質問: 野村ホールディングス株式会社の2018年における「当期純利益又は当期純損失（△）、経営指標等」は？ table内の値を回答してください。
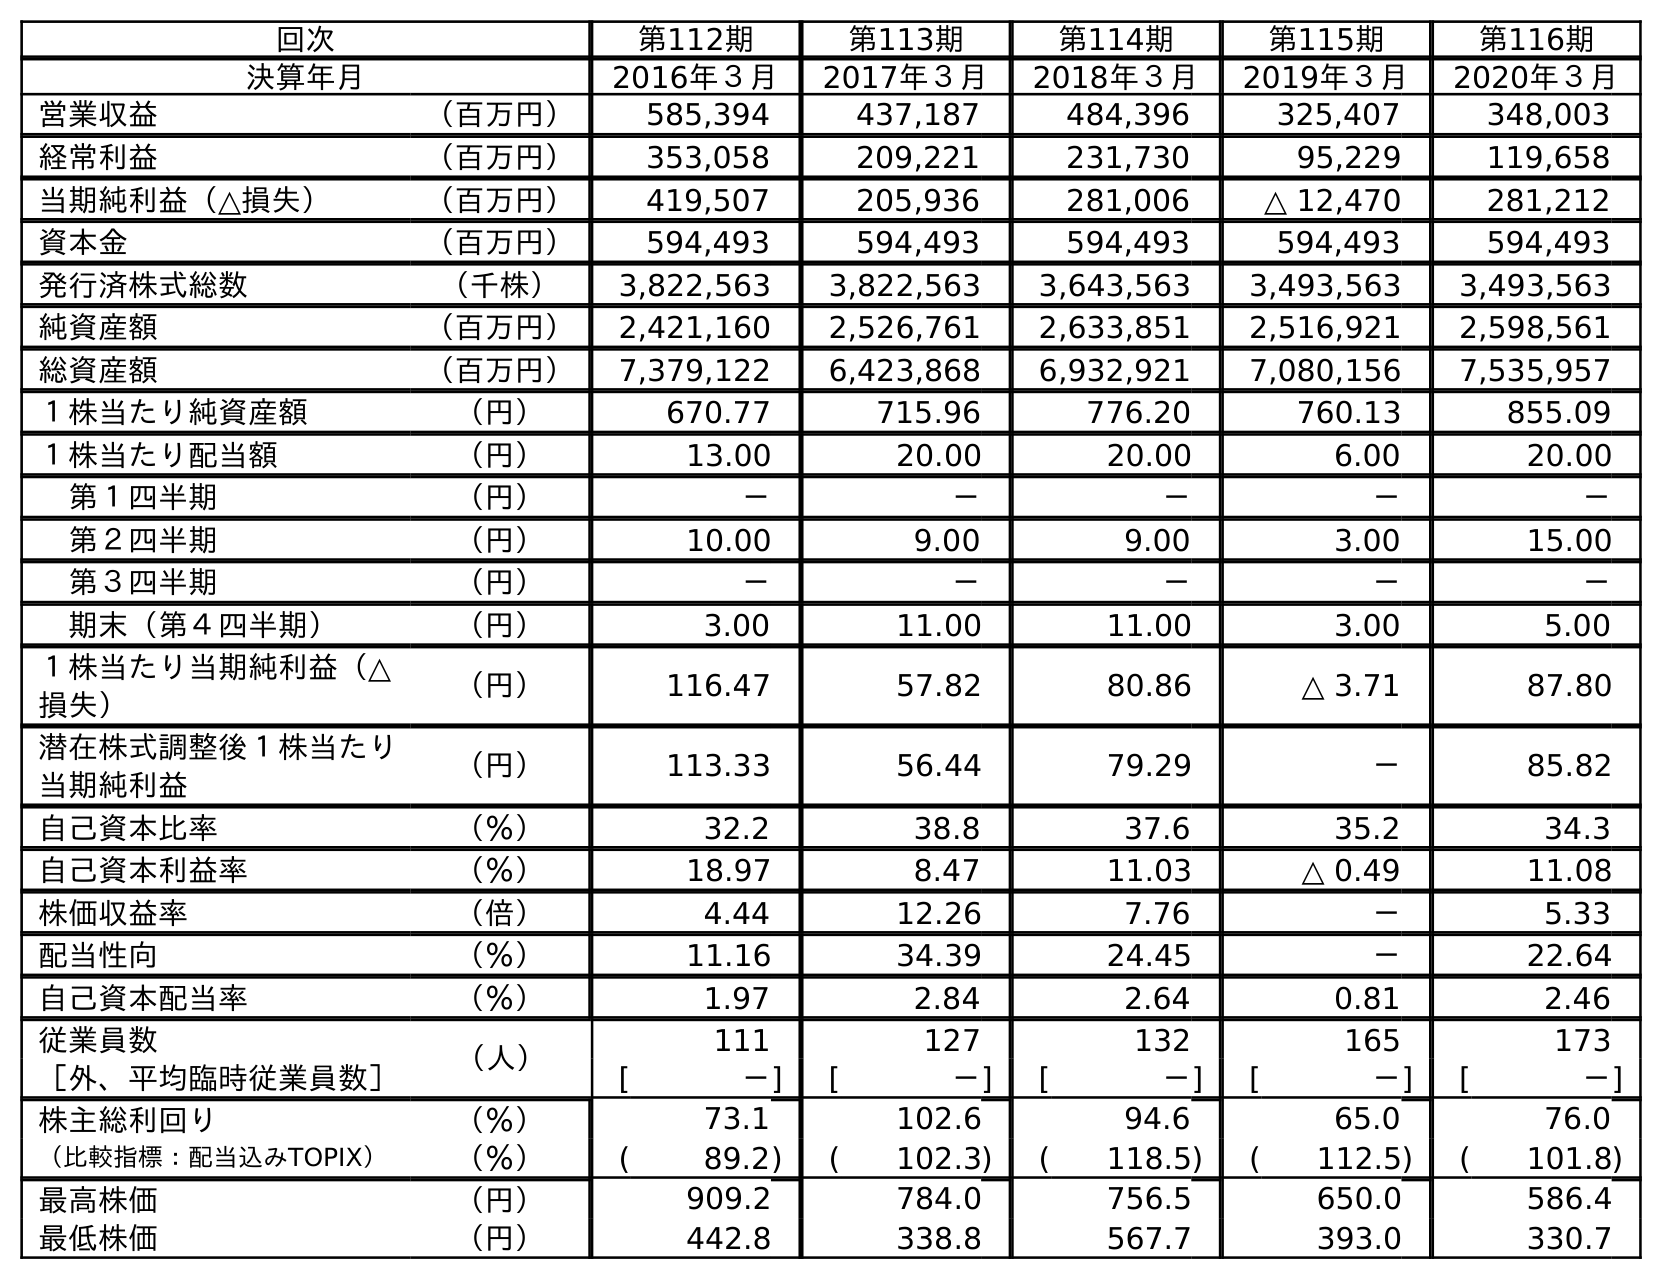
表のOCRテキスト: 回次 第112期 第113期 第114期 第115期 第116期 決算年月 2016年３月 2017年３月 2018年３月 2019年３月 2020年３月 営業収益 （百万円） 585,394 437,187 484,396 325,407 348,003 経常利益 （百万円） 353,058 209,221 231,730 95,229 119,658 当期純利益（△損失） （百万円） 419,507 205,936 281,006 △ 12,470 281,212 資本金 （百万円） 594,493 594,493 594,493 594,493 594,493 発行済株式総数 （千株） 3,822,563 3,822,563 3,643,563 3,493,563 3,493,563 純資産額 （百万円） 2,421,160 2,526,761 2,633,851 2,516,921 2,598,561 総資産額 （百万円） 7,379,122 6,423,868 6,932,921 7,080,156 7,535,957 １株当たり純資産額 （円） 670.77 715.96 776.20 760.13 855.09 １株当たり配当額 （円） 13.00 20.00 20.00 6.00 20.00 第１四半期 （円） － － － － － 第２四半期 （円） 10.00 9.00 9.00 3.00 15.00 第３四半期 （円） － － － － － 期末（第４四半期） （円） 3.00 11.00 11.00 3.00 5.00 １株当たり当期純利益（△ 損失） （円） 116.47 57.82 80.86 △ 3.71 87.80 潜在株式調整後１株当たり 当期純利益 （円） 113.33 56.44 79.29 － 85.82 自己資本比率 （％） 32.2 38.8 37.6 35.2 34.3 自己資本利益率 （％） 18.97 8.47 11.03 △ 0.49 11.08 株価収益率 （倍） 4.44 12.26 7.76 － 5.33 配当性向 （％） 11.16 34.39 24.45 － 22.64 自己資本配当率 （％） 1.97 2.84 2.64 0.81 2.46 従業員数 （人） 111 127 132 165 173 ［外、平均臨時従業員数］ [ －] [ －] [ －] [ －] [ －] 株主総利回り （％） 73.1 102.6 94.6 65.0 76.0 （比較指標：配当込みTOPIX） （％） ( 89.2) ( 102.3) ( 118.5) ( 112.5) ( 101.8) 最高株価 （円） 909.2 784.0 756.5 650.0 586.4 最低株価 （円） 442.8 338.8 567.7 393.0 330.7
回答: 281,006